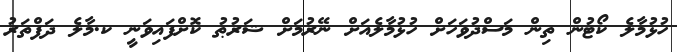
ހުޅުމާލެ ކޯޓުން ތިން މަސްދުވަހަށް ހުޅުމާލެއަށް ނޭރުމަށް ޝަރުޠު ކޮށްފައިވަނީ ކ.މާލެ ދަފްތަރު